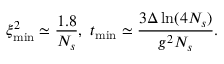
\xi _ { \mathrm { m i n } } ^ { 2 } \simeq \frac { 1 . 8 } { N _ { s } } , \mathrm { ~ } t _ { \mathrm { m i n } } \simeq \frac { 3 \Delta \ln ( 4 N _ { s } ) } { g ^ { 2 } N _ { s } } .